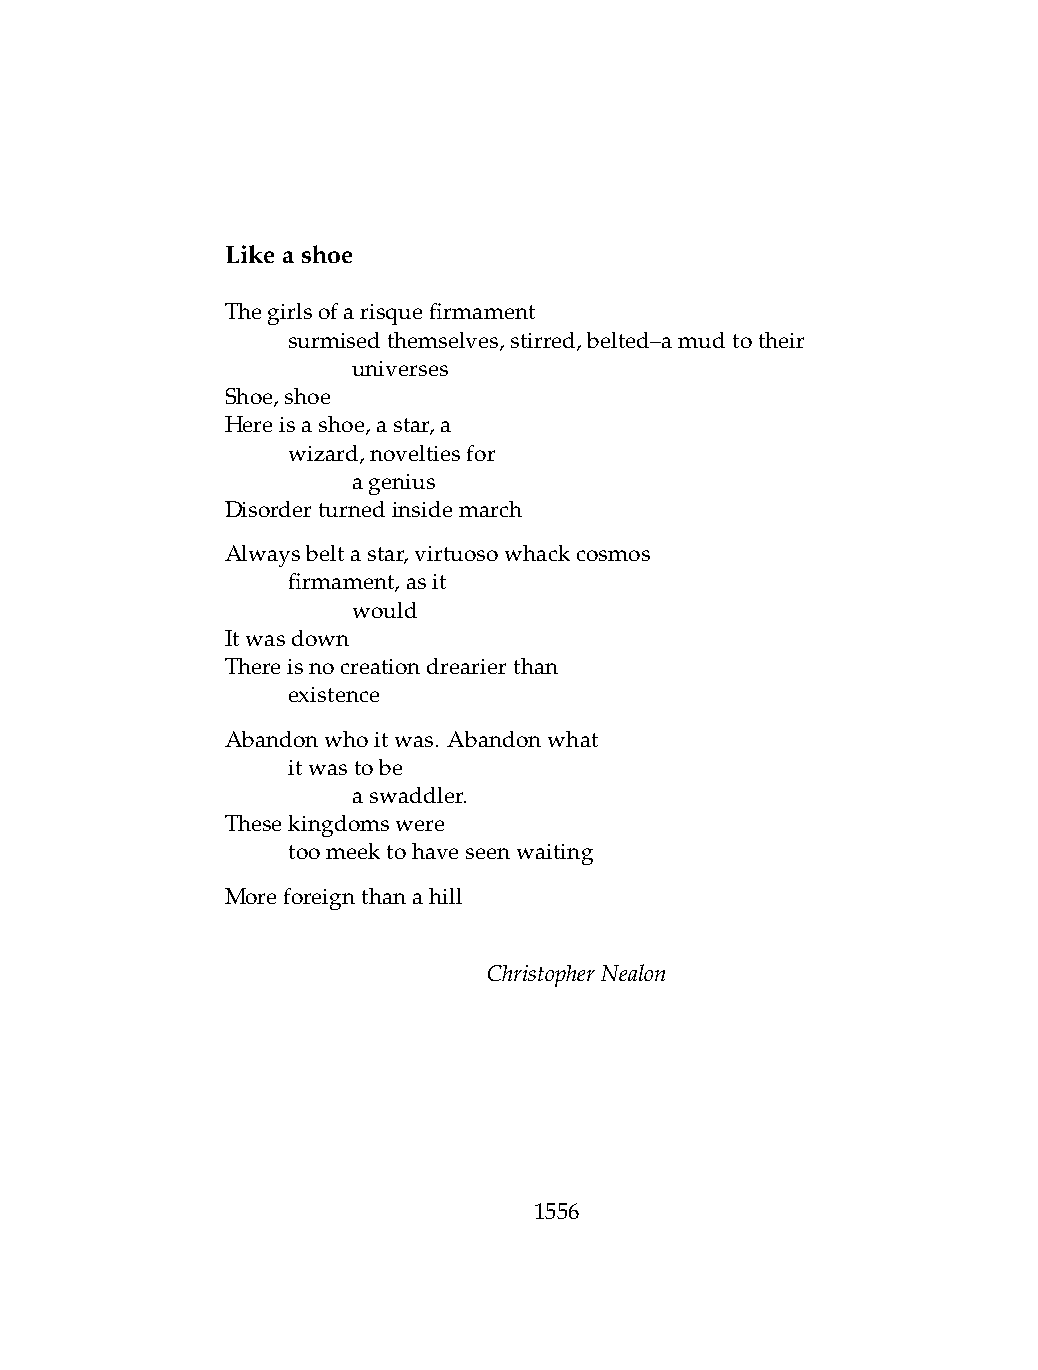
Likeashoe
 Thegirlsofarisquefirmament
 .   surmisedthemselves,stirred,belted–amudtotheir
 .   .   universes
 Shoe,shoe
 Hereisashoe,astar,a
 .   wizard,noveltiesfor
 .   .   agenius
 Disorderturnedinsidemarch
 Alwaysbeltastar,virtuosowhackcosmos
 .   firmament,asit
 .   .   would
 Itwasdown
 Thereisnocreationdrearierthan
 .   existence
 Abandonwhoitwas. Abandonwhat
 .   itwastobe
 .   .   aswaddler.
 Thesekingdomswere
 .   toomeektohaveseenwaiting
 Moreforeignthanahill
 ChristopherNealon
 1556